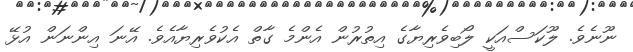
ނޫނެވެ. ލޫކަސްއަކީ ލޯބިވެރިޔާގެ އިތުރުން އެންމެ ގާތް އެކުވެރިޔާއެވެ. އޭނަ އިންނަން އުޅޭ